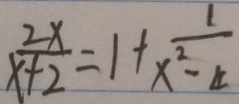
\frac { 2 x } { x + 2 } = 1 + \frac { 1 } { x ^ { 2 } - 4 }